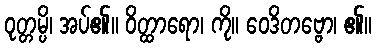
ဝုတ္တမ္ပိ၊ အပ်၏။ ဝိတ္ထာရော၊ ကို။ ဝေဒိတဗ္ဗော၊ ၏။